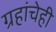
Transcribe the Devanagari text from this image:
ग्रहांचेही